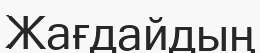
Жағдайдың